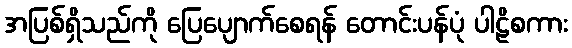
အပြစ်ရှိသည်ကို ပြေပျောက်စေရန် တောင်းပန်ပုံ ပါဠိစကား